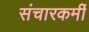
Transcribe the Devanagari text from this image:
संचारकर्मी